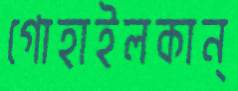
গোহাইলকান্